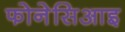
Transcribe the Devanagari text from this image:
फोनेसिआइ